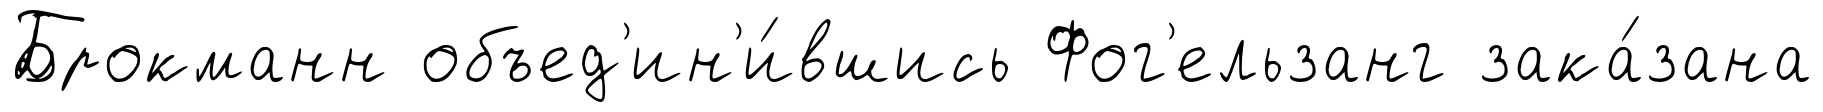
Брокманн объед'ин'и́вшись Фог'ельзанг зака́зана